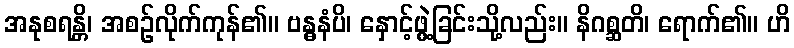
အနုစရန္တိ၊ အစဉ်လိုက်ကုန်၏။ ဗန္ဓနံပိ၊ နှောင့်ဖွဲ့ခြင်းသို့လည်း။ နိဂစ္ဆတိ၊ ရောက်၏။ ဟိ